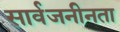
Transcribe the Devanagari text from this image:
सार्वजनीनता